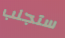
ستجلب